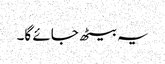
یہ بیٹھ جائے گا۔